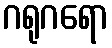
ဂရုဂရော